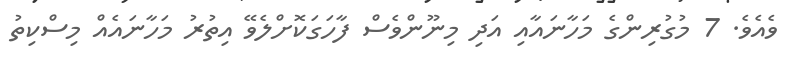
ވެއެވެ. 7 މުގުރިންގެ މަހާނައާއި އަދި މިނޫންވެސް ފާހަގަކޮށްލެވޭ އިތުރު މަހާނައެއް މިސްކިތު